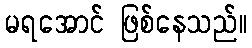
မရအောင် ဖြစ်နေသည်။